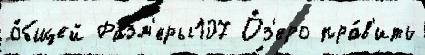
о́бщей Разм'еры107 О́з'еро пра́в'ить